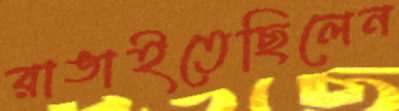
রাঙাইতেছিলেন